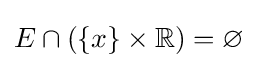
E\cap (\{x\}\times \mathbb {R} )=\varnothing